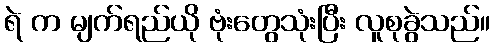
ရဲ က မျက်ရည်ယို ဗုံးတွေသုံးပြီး လူစုခွဲသည်။